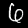
Label: 6